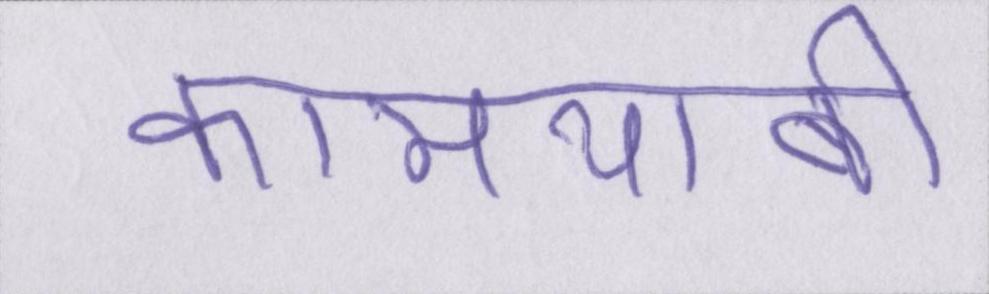
कामयाबी